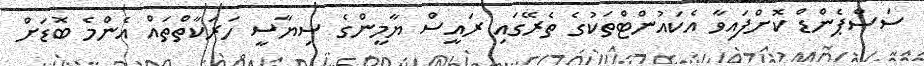
ސަސްޕެންޑް ކޮށްފައިވާ އެކައުންޓްތަކުގެ ތެރޭގައި ރައީސް ޔާމީންގެ ސިޔާސީ ހަރަކާތްތައް އެންމެ ބޮޑަށް